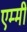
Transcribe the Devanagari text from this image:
एम्‍मी